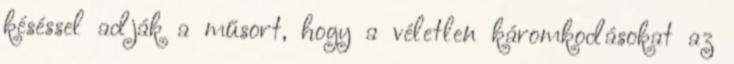
késéssel adják a műsort, hogy a véletlen káromkodásokat az